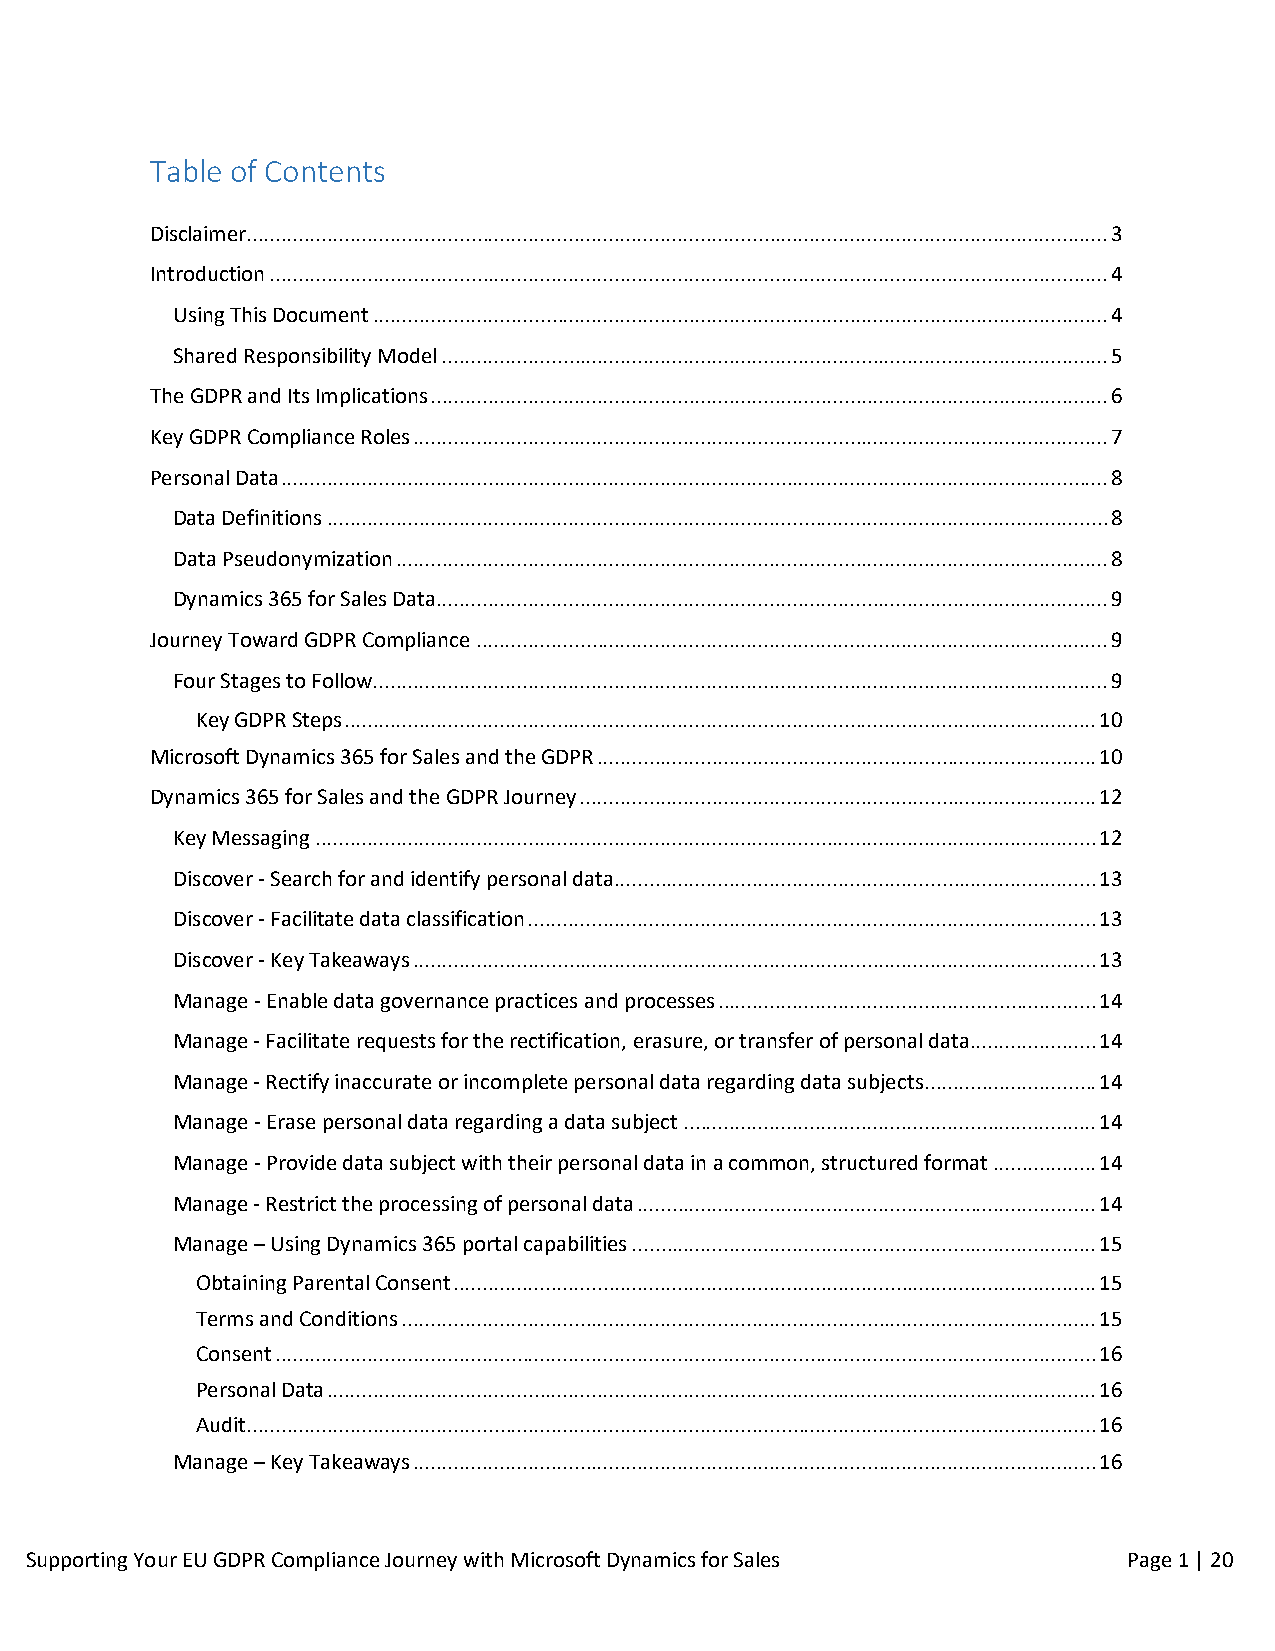
Table of Contents
 Disclaimer...................................................................................................................................................... 3
 Introduction .................................................................................................................................................. 4
 Using This Document ................................................................................................................................ 4
 Shared Responsibility Model .................................................................................................................... 5
 The GDPR and Its Implications ...................................................................................................................... 6
 Key GDPR Compliance Roles ......................................................................................................................... 7
 Personal Data ................................................................................................................................................ 8
 Data Definitions ........................................................................................................................................ 8
 Data Pseudonymization ............................................................................................................................ 8
 Dynamics 365 for Sales Data ..................................................................................................................... 9
 Journey Toward GDPR Compliance .............................................................................................................. 9
 Four Stages to Follow ................................................................................................................................ 9
 Key GDPR Steps ................................................................................................................................... 10
 Microsoft Dynamics 365 for Sales and the GDPR ....................................................................................... 10
 Dynamics 365 for Sales and the GDPR Journey .......................................................................................... 12
 Key Messaging ........................................................................................................................................ 12
 Discover - Search for and identify personal data .................................................................................... 13
 Discover - Facilitate data classification ................................................................................................... 13
 Discover - Key Takeaways ....................................................................................................................... 13
 Manage - Enable data governance practices and processes .................................................................. 14
 Manage - Facilitate requests for the rectification, erasure, or transfer of personal data ...................... 14
 Manage - Rectify inaccurate or incomplete personal data regarding data subjects .............................. 14
 Manage - Erase personal data regarding a data subject ........................................................................ 14
 Manage - Provide data subject with their personal data in a common, structured format .................. 14
 Manage - Restrict the processing of personal data ................................................................................ 14
 Manage – Using Dynamics 365 portal capabilities ................................................................................. 15
 Obtaining Parental Consent ................................................................................................................ 15
 Terms and Conditions ......................................................................................................................... 15
 Consent ............................................................................................................................................... 16
 Personal Data ...................................................................................................................................... 16
 Audit .................................................................................................................................................... 16
 Manage – Key Takeaways ....................................................................................................................... 16
 Supporting Yo ur EU GDPR Compliance Journey with Microsoft Dynamics for Sales Page 1 | 20